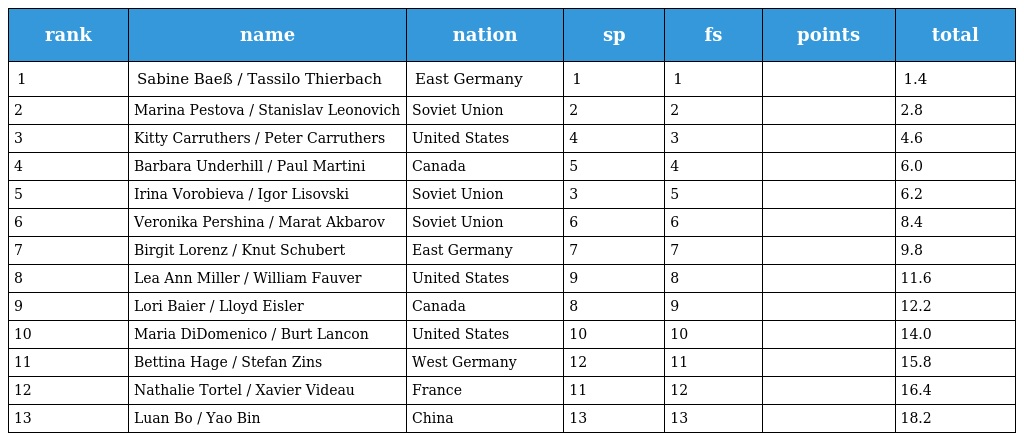
| rank | name | nation | sp | fs | points | total |
 | --- | --- | --- | --- | --- | --- | --- |
 | 1 | Sabine Baeß / Tassilo Thierbach | East Germany | 1 | 1 |  | 1.4 |
 | 2 | Marina Pestova / Stanislav Leonovich | Soviet Union | 2 | 2 |  | 2.8 |
 | 3 | Kitty Carruthers / Peter Carruthers | United States | 4 | 3 |  | 4.6 |
 | 4 | Barbara Underhill / Paul Martini | Canada | 5 | 4 |  | 6.0 |
 | 5 | Irina Vorobieva / Igor Lisovski | Soviet Union | 3 | 5 |  | 6.2 |
 | 6 | Veronika Pershina / Marat Akbarov | Soviet Union | 6 | 6 |  | 8.4 |
 | 7 | Birgit Lorenz / Knut Schubert | East Germany | 7 | 7 |  | 9.8 |
 | 8 | Lea Ann Miller / William Fauver | United States | 9 | 8 |  | 11.6 |
 | 9 | Lori Baier / Lloyd Eisler | Canada | 8 | 9 |  | 12.2 |
 | 10 | Maria DiDomenico / Burt Lancon | United States | 10 | 10 |  | 14.0 |
 | 11 | Bettina Hage / Stefan Zins | West Germany | 12 | 11 |  | 15.8 |
 | 12 | Nathalie Tortel / Xavier Videau | France | 11 | 12 |  | 16.4 |
 | 13 | Luan Bo / Yao Bin | China | 13 | 13 |  | 18.2 |